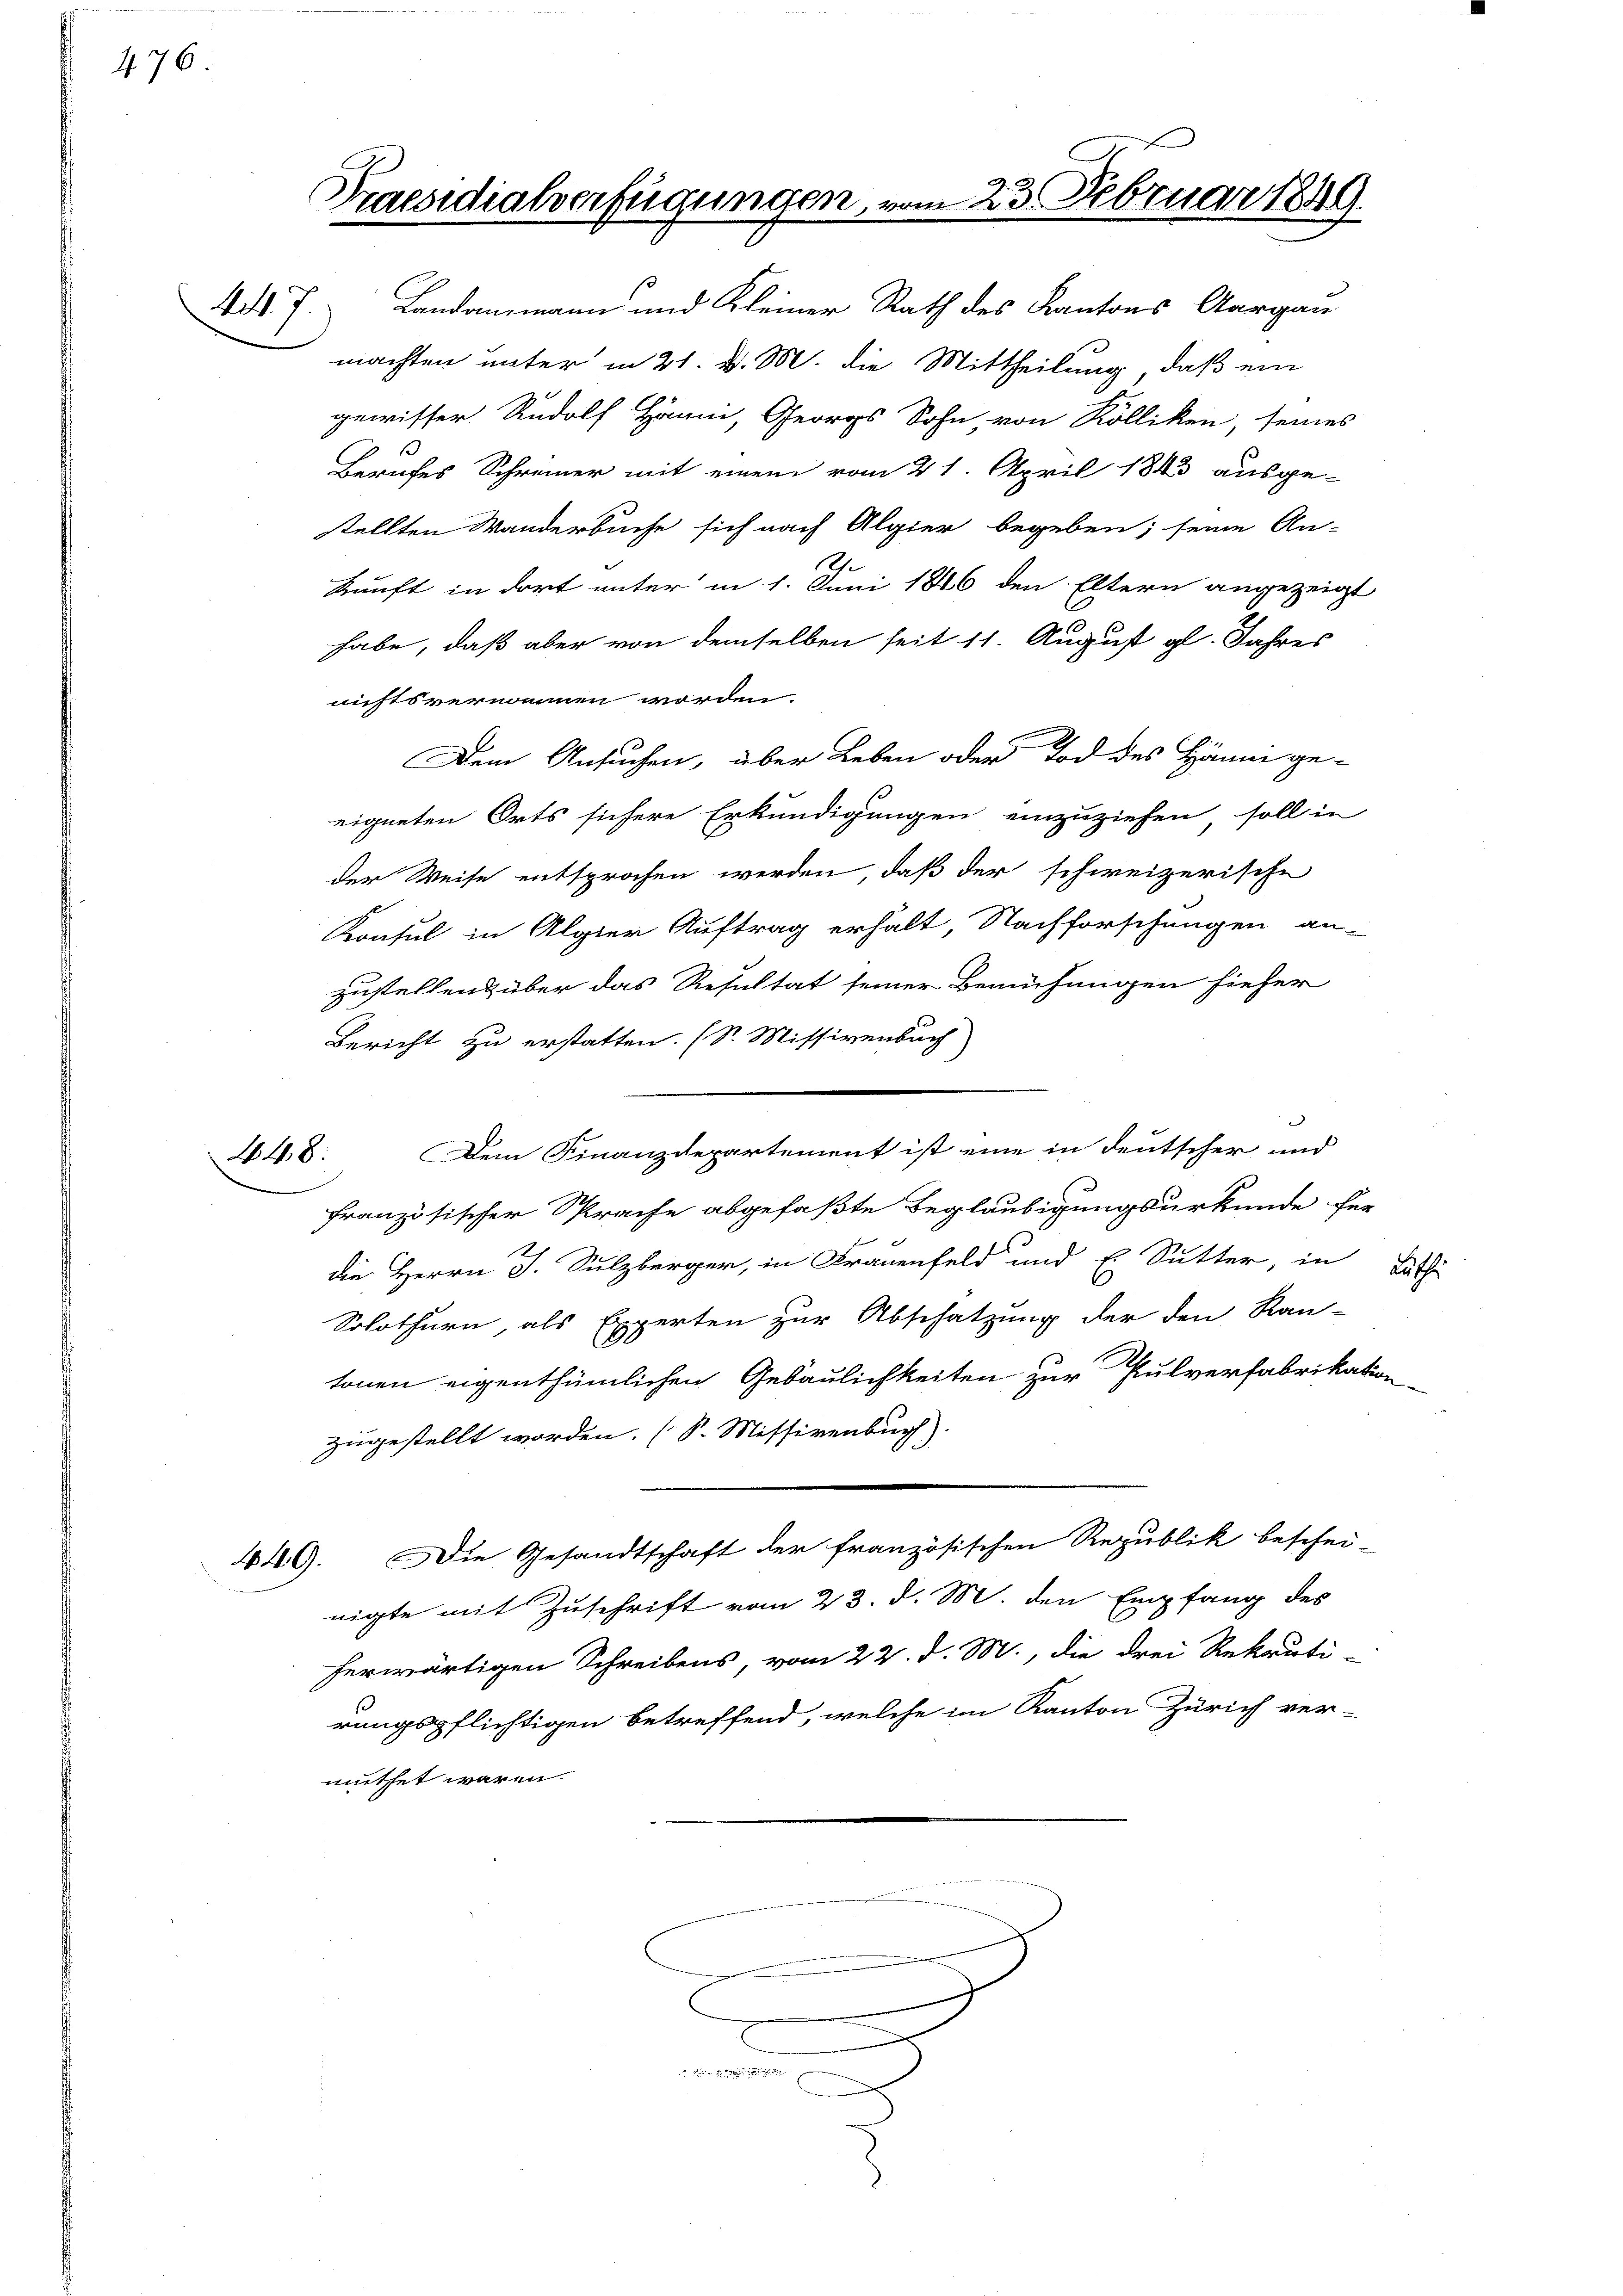
476.

48.

Praesidialverfügungen,

4d J. Landammann und Kleiner Rath des Kantons Aargau
machten unter in 21. d. M. die Mittheilung, daß ein
gewisser Rudolf Hänni, Georg Sohn, von Kolliken, seines
Berufes Schreiner mit einem vom 21. April 1843 ausge-
stellten Wanderbuche sich nach Algier begeben; seine An-
h
kunft in dort unter in 1. Juni 1846 den Eltern angezeigt
habe, daß aber von demselben seit 11. August gl. Jahres
nichts vernommen worden.
Dem Ansuchen, über Leben oder Tod des Hänni ge-
eigneten Orts sichere Erkundigungen einzuziehen, soll in
der Weise entsprochen werden, daß der schweizerische
Konsul in Algier Auftrag erhält, Nachforschungen an-
zustellend über das Resultat seiner Bemühungen hieher
Bericht zu erstatten. (S. Missivenbuch
s
Dem Finanzdepartement ist eine in deutscher und
französischer Sprache abgefaßte Beglaubigungsurkunde für
die Herrn J. Sulzberger, in Frauenfeld und E. Sutter, in Luthe
Solothurn, als Experten zur Abschatzung der den Kan-
tonen eigenthümlichen Gebäulichkeiten zur Pulverfabrikation
zugestellt worden. (S. Missivenbuch)
449. Die Gesandtschaft der französischen Republik beschei-
nigte mit Zuschrift vom 23. d. M. den Empfang des
herwärtigen Schreibens, vom 22. d. M., die drei Rekruti-
rungspflichtigen betreffend, welche im Kanton Zürich ver-
muthet waren.

dus bereitig

223. Februar 1849.